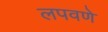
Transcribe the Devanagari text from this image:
लपवणे